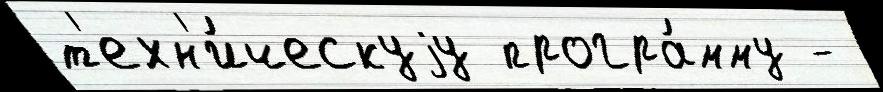
т'ехн'и́ческуjу програ́мму -